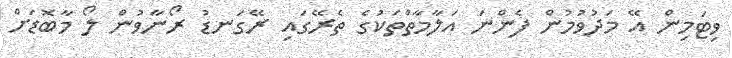
ވިޓަމިން އޭ މަދުވުމުން ފެންނަ އަލާމާތްތަކުގެ ތެރޭގައި ރޭގަނޑު ރޯނާވުން ލޯ މާބޮޑަށް